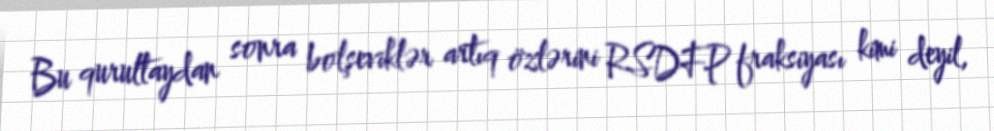
Bu qurultaydan sonra bolşeviklər artıq özlərini RSDFP fraksiyası kimi deyil,